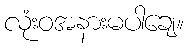
လုံးဝအနားမပါချေ။